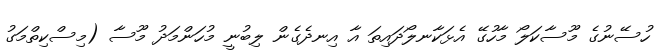
ހުސޭނުގެ މޫސާކަލޯ މާހުގޭ އެޅަކާނލޯދައިތަ އާ އިނދެގެން ލިބުނީ މުހަންމަދު މޫސާ (މިސްކިތްމަގު